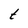
Character: t